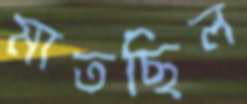
মাতছিল